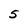
Character: 5